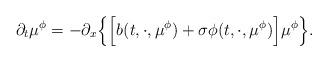
LaTeX: \begin{align*}\partial_t\mu^\phi = -\partial_x\Big\{\Big[ b(t, \cdot, \mu^\phi) + \sigma\phi(t, \cdot, \mu^\phi)\Big]\mu^\phi \Big\} .\end{align*}